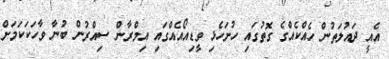
އެއީ ދައުލަތުން ހެެއްކެއްގެ ގޮތުގައި ހުށަހެޅި ވީޑިއޯއެއްގައި އިމްރާން ސިއްރުން ބުނާ ވާހަކަކަމަށް